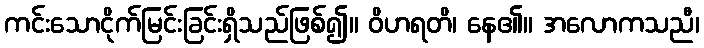
ကင်းသောငိုက်မြင်းခြင်းရှိသည်ဖြစ်၍။ ဝိဟရတိ၊ နေ၏။ အလောကသညီ၊